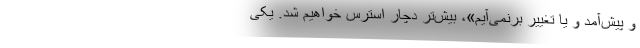
و پیش‌آمد و یا تغییر برنمی‌آیم»، بیش‌تر دچار استرس خواهیم شد. یکی